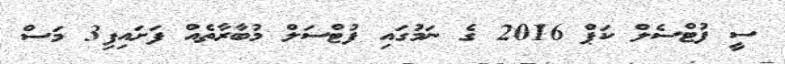
ސީ ފުޓްސެލް ކަޕް 2016 ގެ ނަމުގައި ފުޓްސަލް މުބާރާތެއްް ފަށައިފި3 މަސް